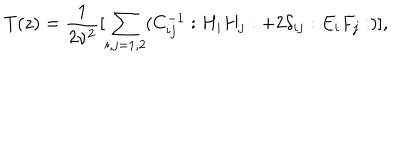
LaTeX: T ( z ) = \frac { 1 } { 2 \nu ^ { 2 } } [ \sum _ { i , j = 1 , 2 } ( C _ { i j } ^ { - 1 } : H _ { i } H _ { j } : + 2 \delta _ { i j } : E _ { i } F _ { j } : ) ] ,